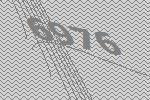
6976